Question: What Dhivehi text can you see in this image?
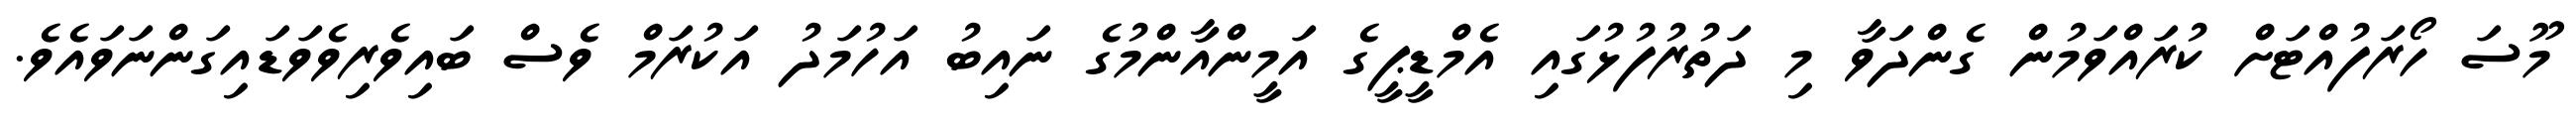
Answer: މޫސަ ހޯރަފުއްޓަށް ކުރައްވަމުން ގެންދަވާ މި ދަތުރުފުޅުގައި އެމްޑީޕީގެ އަމީންއާންމުގެ ނައިބު އަހުމަދު އަކުރަމް ވެސް ބައިވެރިވެވަޑައިގަންނަވައެވެ.